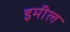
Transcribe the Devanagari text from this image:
इमील